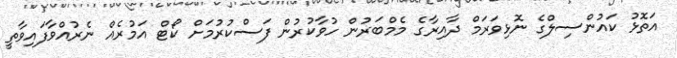
އަތޮޅު ކައުންސިލްގެ ނޮޅިވަރަމް ދާއިރާގެ މެމްބަރުން ހުވާކުރުން ފަސްކުރުމަށް ކޯޓް އަމުރެއް ނެރުއްވާފައިވާތީ